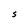
Character: S